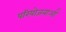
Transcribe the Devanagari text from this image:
परियोजनाऑं